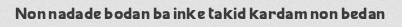
Non nadade bodan ba inke takid kardam non bedan